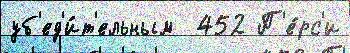
уб'ед'и́т'ельным  452 П'е́рс'и